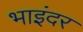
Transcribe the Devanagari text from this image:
भाइंदर